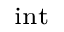
_ \mathrm { i n t }